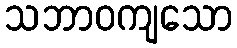
သဘာဝကျသော